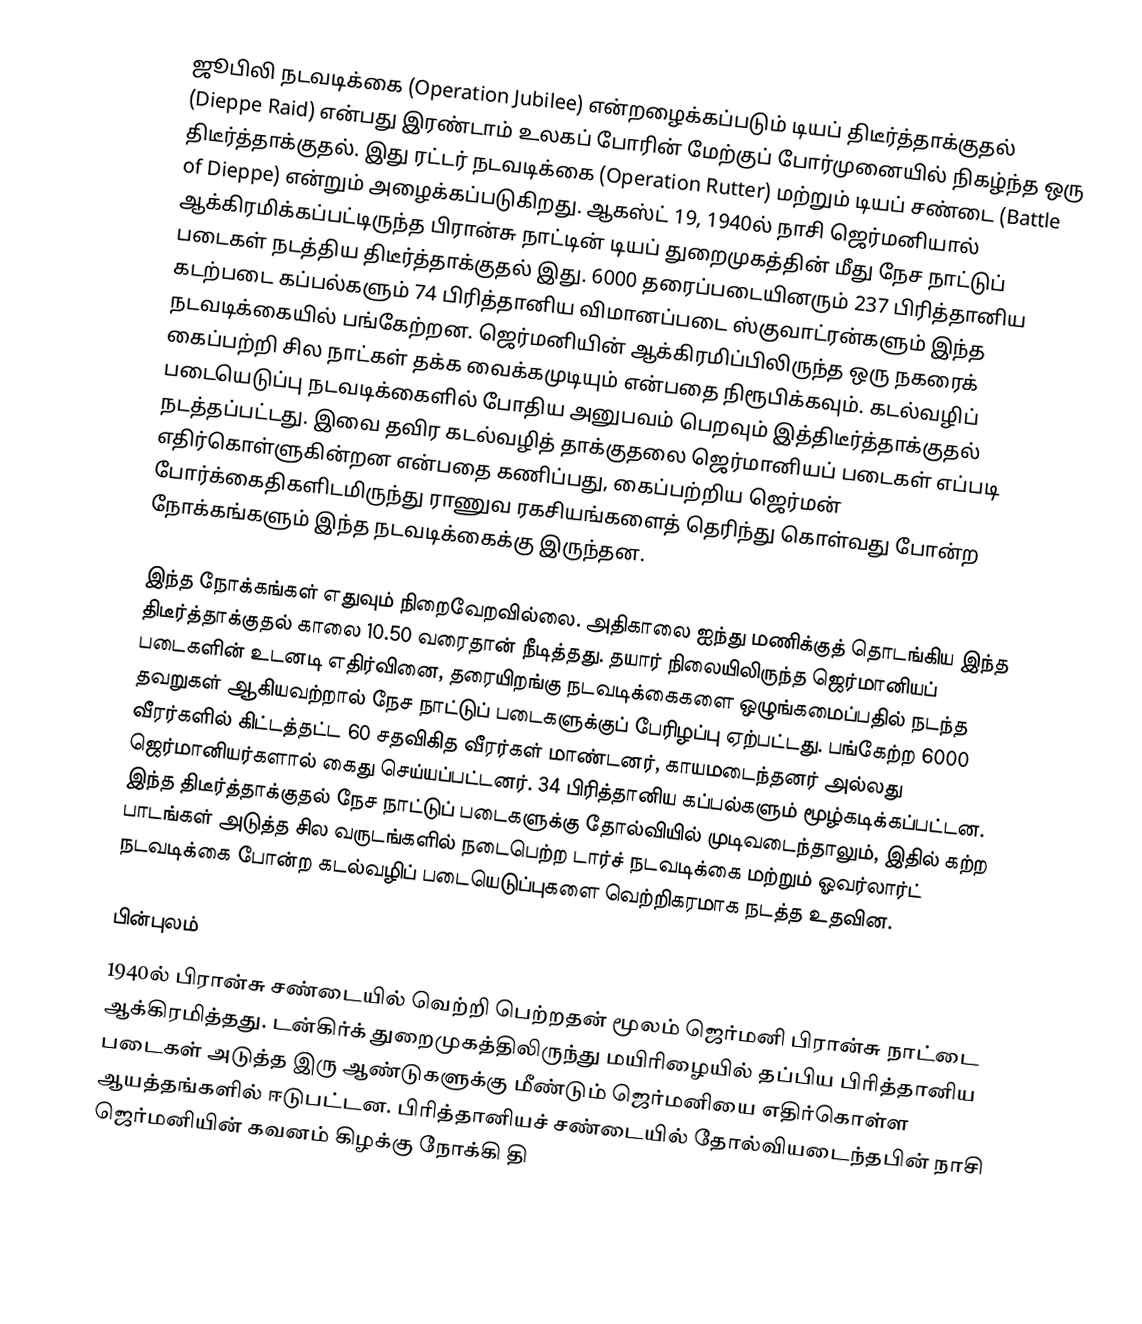
ஜூபிலி நடவடிக்கை (Operation Jubilee) என்றழைக்கப்படும் டியப் திடீர்த்தாக்குதல் (Dieppe Raid) என்பது இரண்டாம் உலகப் போரின் மேற்குப் போர்முனையில் நிகழ்ந்த ஒரு திடீர்த்தாக்குதல். இது ரட்டர் நடவடிக்கை (Operation Rutter) மற்றும் டியப் சண்டை (Battle of Dieppe) என்றும் அழைக்கப்படுகிறது. ஆகஸ்ட் 19, 1940ல் நாசி ஜெர்மனியால் ஆக்கிரமிக்கப்பட்டிருந்த பிரான்சு நாட்டின் டியப் துறைமுகத்தின் மீது நேச நாட்டுப் படைகள் நடத்திய திடீர்த்தாக்குதல் இது. 6000 தரைப்படையினரும் 237 பிரித்தானிய கடற்படை கப்பல்களும் 74 பிரித்தானிய விமானப்படை ஸ்குவாட்ரன்களும் இந்த நடவடிக்கையில் பங்கேற்றன. ஜெர்மனியின் ஆக்கிரமிப்பிலிருந்த ஒரு நகரைக் கைப்பற்றி சில நாட்கள் தக்க வைக்கமுடியும் என்பதை நிரூபிக்கவும். கடல்வழிப் படையெடுப்பு நடவடிக்கைளில் போதிய அனுபவம் பெறவும் இத்திடீர்த்தாக்குதல் நடத்தப்பட்டது. இவை தவிர கடல்வழித் தாக்குதலை ஜெர்மானியப் படைகள் எப்படி எதிர்கொள்ளுகின்றன என்பதை கணிப்பது, கைப்பற்றிய ஜெர்மன் போர்க்கைதிகளிடமிருந்து ராணுவ ரகசியங்களைத் தெரிந்து கொள்வது போன்ற நோக்கங்களும் இந்த நடவடிக்கைக்கு இருந்தன.

இந்த நோக்கங்கள் எதுவும் நிறைவேறவில்லை. அதிகாலை ஐந்து மணிக்குத் தொடங்கிய இந்த திடீர்த்தாக்குதல் காலை 10.50 வரைதான் நீடித்தது. தயார் நிலையிலிருந்த ஜெர்மானியப் படைகளின் உடனடி எதிர்வினை, தரையிறங்கு நடவடிக்கைகளை ஒழுங்கமைப்பதில் நடந்த தவறுகள் ஆகியவற்றால் நேச நாட்டுப் படைகளுக்குப் பேரிழப்பு ஏற்பட்டது. பங்கேற்ற 6000 வீரர்களில் கிட்டத்தட்ட 60 சதவிகித வீரர்கள் மாண்டனர், காயமடைந்தனர் அல்லது ஜெர்மானியர்களால் கைது செய்யப்பட்டனர். 34 பிரித்தானிய கப்பல்களும் மூழ்கடிக்கப்பட்டன. இந்த திடீர்த்தாக்குதல் நேச நாட்டுப் படைகளுக்கு தோல்வியில் முடிவடைந்தாலும், இதில் கற்ற பாடங்கள் அடுத்த சில வருடங்களில் நடைபெற்ற டார்ச் நடவடிக்கை மற்றும் ஓவர்லார்ட் நடவடிக்கை போன்ற கடல்வழிப் படையெடுப்புகளை வெற்றிகரமாக நடத்த உதவின.

பின்புலம்
1940ல் பிரான்சு சண்டையில் வெற்றி பெற்றதன் மூலம் ஜெர்மனி பிரான்சு நாட்டை ஆக்கிரமித்தது. டன்கிர்க் துறைமுகத்திலிருந்து மயிரிழையில் தப்பிய பிரித்தானிய படைகள் அடுத்த இரு ஆண்டுகளுக்கு மீண்டும் ஜெர்மனியை எதிர்கொள்ள ஆயத்தங்களில் ஈடுபட்டன. பிரித்தானியச் சண்டையில் தோல்வியடைந்தபின் நாசி ஜெர்மனியின் கவனம் கிழக்கு நோக்கி தி